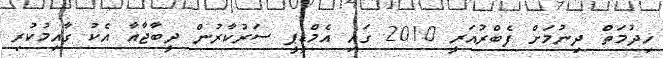
ހިދުމަތް ދިނުމަށް ފެބްރުއަރީ 2010 ގައި އެމްޑީޕީ ސަރުކާރުން ދީބާޖާއާ އެކު ގާއިމުކުރި